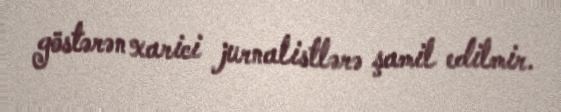
göstərən xarici jurnalistlərə şamil edilmir.